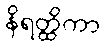
နိရတ္ထိကာ